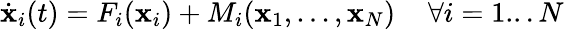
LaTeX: \dot{{\mathbf x}}_{i}(t)=F_{i}({\mathbf x}_{i})+M_{i}({\mathbf x}_{1},...,{\mathbf x}_{N})\quad\, \forall i=1...N